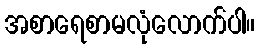
အစာရေစာမလုံလောက်ပါ။